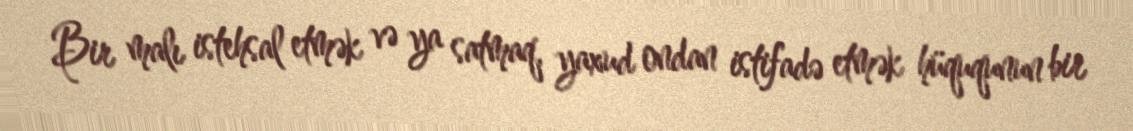
Bir malı istehsal etmək və ya satmaq, yaxud ondan istifadə etmək hüququnun bir